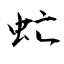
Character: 虻